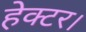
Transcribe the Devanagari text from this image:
हेक्‍टर।